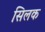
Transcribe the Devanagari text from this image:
सिलक